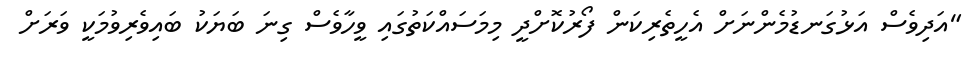
"އަދިވެސް އަޅުގަނޑުމެންނަށް އެހީތެރިކަން ފޯރުކޮށްދީ މިމަސައްކަތުގައި ވީހާވެސް ގިނަ ބަޔަކު ބައިވެރިވުމަކީ ވަރަށް